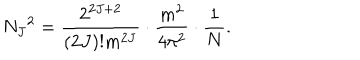
LaTeX: N _ { J } { } ^ { 2 } = \frac { 2 ^ { 2 J + 2 } } { ( 2 J ) ! m ^ { 2 J } } \cdot \frac { m ^ { 2 } } { 4 \pi ^ { 2 } } \cdot \frac { 1 } { N } .